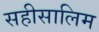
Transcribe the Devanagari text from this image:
सहीसालिम